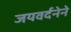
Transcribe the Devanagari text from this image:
जयवर्दनेने